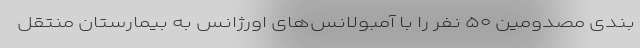
بندی مصدومین ۵۰ نفر را با آمبولانس‌های اورژانس به بیمارستان منتقل